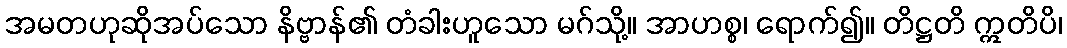
အမတဟုဆိုအပ်သော နိဗ္ဗာန်၏ တံခါးဟူသော မဂ်သို့။ အာဟစ္စ၊ ရောက်၍။ တိဋ္ဌတိ ဣတိပိ၊